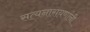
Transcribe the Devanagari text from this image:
सत्यनारायणांनी